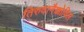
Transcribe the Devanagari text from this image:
तिरुवानैक्कोविल